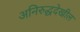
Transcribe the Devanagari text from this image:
अनिरुद्धदेखील